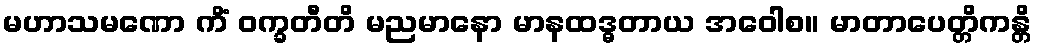
မဟာသမဏော ကိံ ဝက္ခတီတိ မညမာနော မာနထဒ္ဓတာယ အဝေါစ။ မာတာပေတ္တိကန္တိ